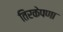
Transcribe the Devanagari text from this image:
तिरकेपणा